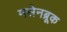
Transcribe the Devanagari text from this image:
मसेनब्रूक